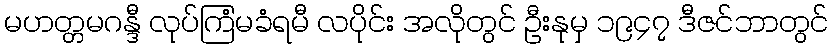
မဟတ္တမဂန္ဒီ လုပ်ကြံမခံရမီ လပိုင်း အလိုတွင် ဦးနုမှ ၁၉၄၇ ဒီဇင်ဘာတွင်